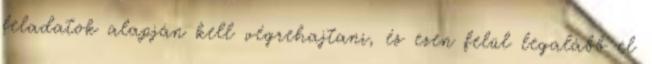
feladatok alapján kell végrehajtani, és ezen felül legalább el